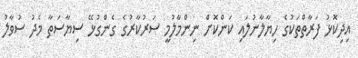
އިދިކޮޅު ފަރާތްތަކުގެ ހިޔާލާނުލައި ކަންކޮށް ނިންމާލުމީ ސަރުކާރުގެ ގެންގުޅޭ ސިޔާސަތާ މެދު ސުވާލު